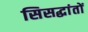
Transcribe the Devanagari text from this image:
सिसद्धांतों